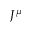
J ^ { \mu }